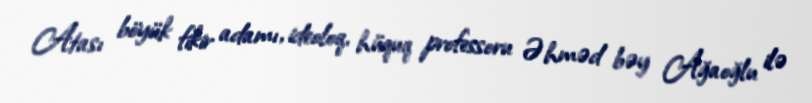
Atası böyük fikir adamı, ideoloq, hüquq professoru Əhməd bəy Ağaoğlu ilə